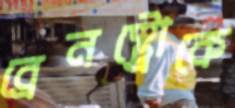
ব্রেনস্ট্রোকে